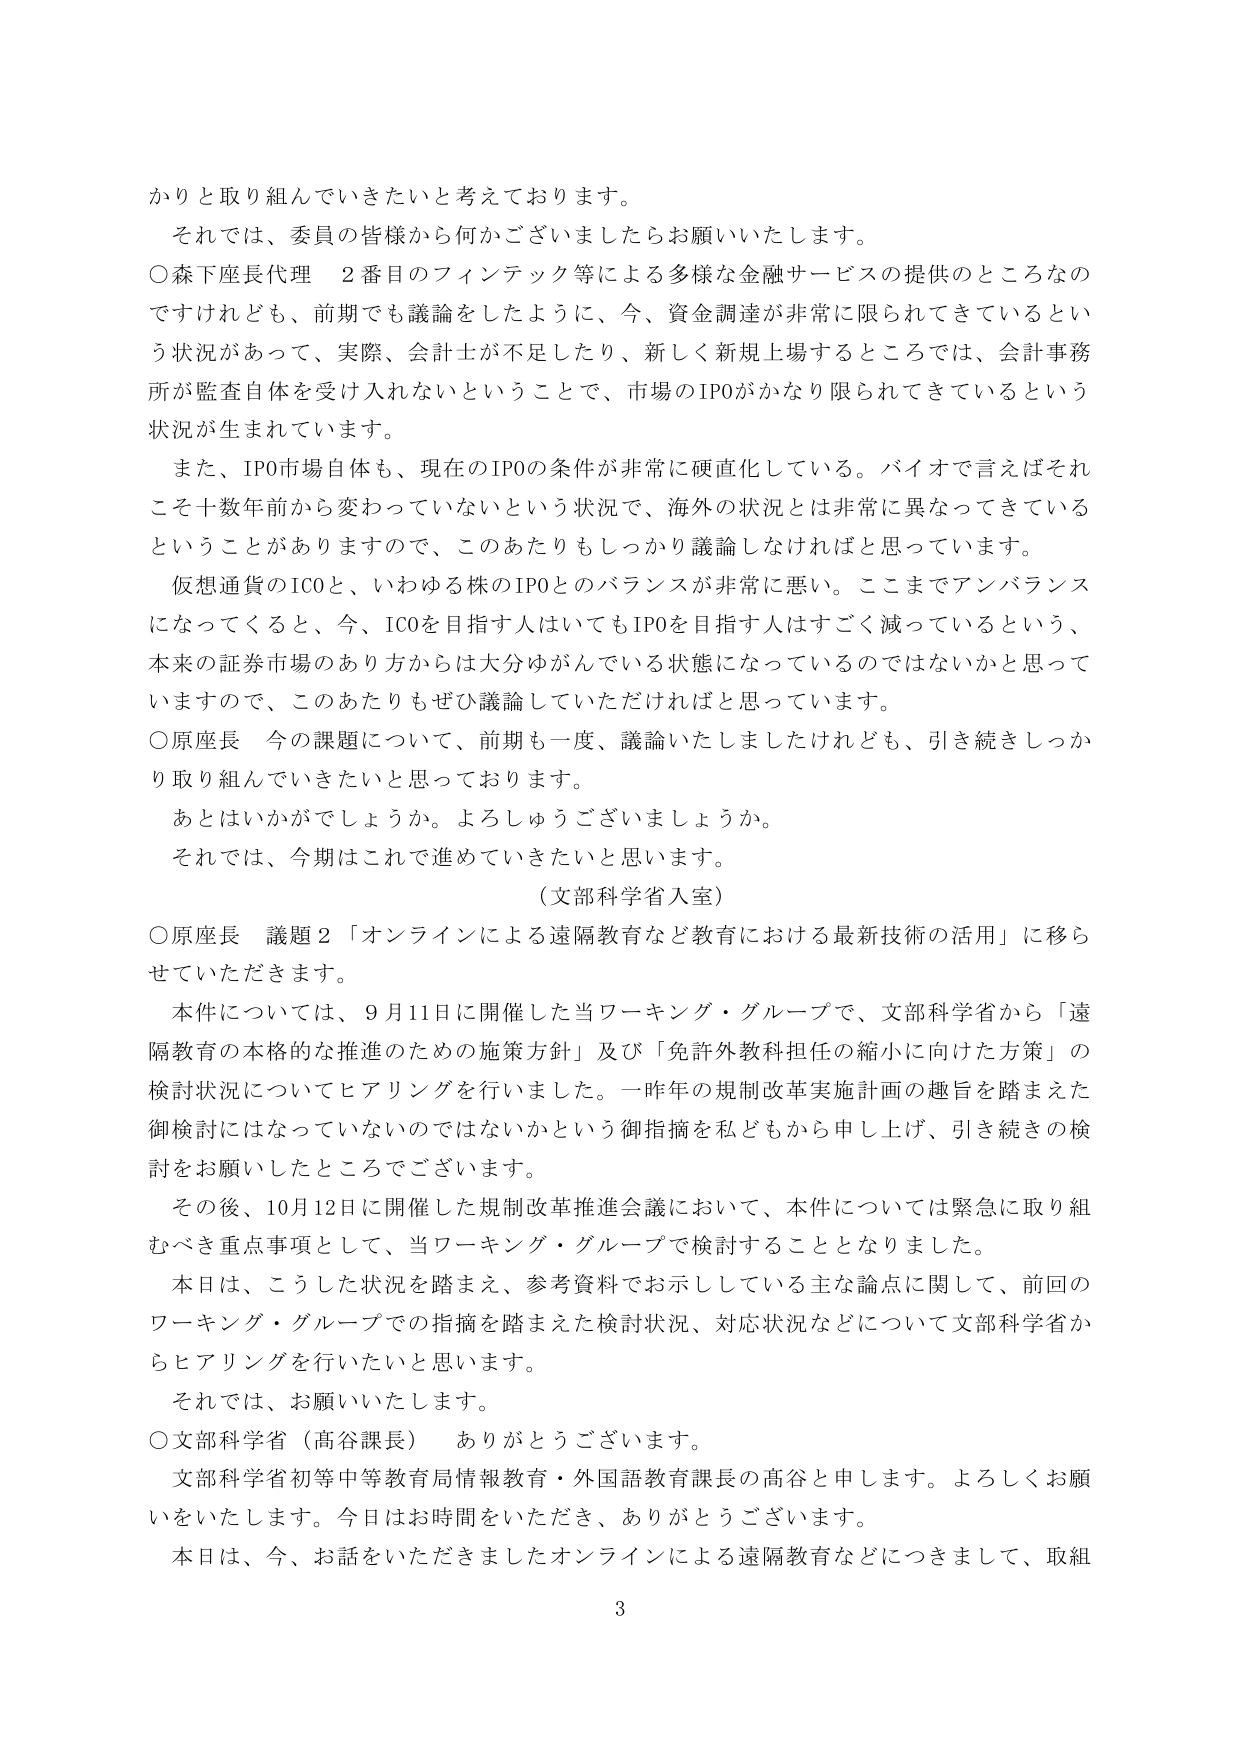
かりと取り組んでいきたいと考えております。
それでは、委員の皆様から何かございましたらお願いいたします。
○森下座長代理　2番目のフィンテック等による多様な金融サービスの提供のところなの
ですけれども、前期でも議論をしたように、今、資金調達が非常に限られてきているとい
う状況があって、実際、会計士が不足したり、新しく新規上場するところでは、会計事務
所が監査自体を受け入れないということで、市場のIPOがかなり限られてきているという
状況が生まれています。
また、IPO市場自体も、現在のIPOの条件が非常に硬直化している。バイオで言えばそれ
こそ十数年前から変わっていないという状況で、海外の状況とは非常に異なってきている
ということがありますので、このあたりもしっかり議論しなければと思っています。
仮想通貨のICOと、いわゆる株のIPOとのバランスが非常に悪い。ここまでアンバランス
になってくると、今、ICOを目指す人はいてもIPOを目指す人はすごく減っているという、
本来の証券市場のあり方からは大分ゆがんでいる状態になっているのではないかと思って
いますので、このあたりもぜひ議論していただければと思っています。
○原座長　今の課題について、前期も一度、議論いたしましたけれども、引き続きしっか
り取り組んでいきたいと思っております。
あとはいかがでしょうか。よろしゅうございますでしょうか。
それでは、今期はこれで進めていきたいと思います。
（文部科学省入室）
○原座長　議題2「オンラインによる遠隔教育など教育における最新技術の活用」に移ら
せていただきます。
本件については、9月11日に開催した当ワーキング・グループで、文部科学省から「遠
隔教育の本格的な推進のための施策方針」及び「免許外教科担任の縮小に向けた方策」の
検討状況についてヒアリングを行いました。一昨年の規制改革実施計画の趣旨を踏まえた
御検討にはなっていないのではないかという御指摘を私どもから申し上げ、引き続きの検
討をお願いしたところでございます。
その後、10月12日に開催した規制改革推進会議において、本件については緊急に取り組
むべき重点事項として、当ワーキング・グループで検討することとなりました。
本日は、こうした状況を踏まえ、参考資料でお示ししている主な論点に関して、前回の
ワーキング・グループでの指摘を踏まえた検討状況、対応状況などについて文部科学省か
らヒアリングを行いたいと思います。
それでは、お願いいたします。
○文部科学省（高谷課長）　ありがとうございます。
文部科学省初等中等教育局情報教育・外国語教育課長の高谷と申します。よろしくお願
いをいたします。今日はお時間をいただき、ありがとうございます。
本日は、今、お話をしていただきましたオンラインによる遠隔教育などにつきまして、取組
3